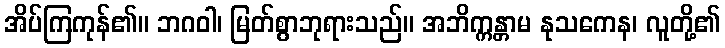
အိပ်ကြကုန်၏။ ဘဂဝါ၊ မြတ်စွာဘုရားသည်။ အဘိက္ကန္တာမ နုသကေန၊ လူတို့၏